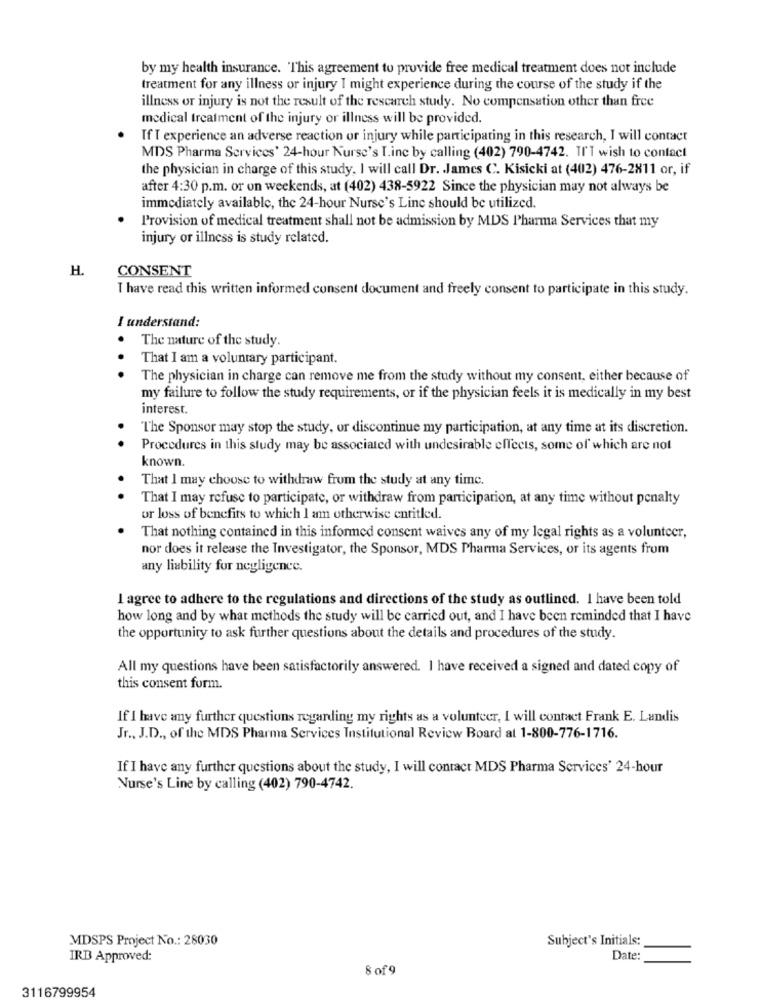
by my health insurance. This agreement to provide free medical treatment does not include
treatment for any illness or injury I might experience during the course of the study if the
illness or injury is not the result of the rescarch study. No compensation other than free
medical treatment of the injury or illness will be provided.
If I experience an adverse reaction or injury while participating in this research, I will contact
MDS Pharma Services' 24-hour Kurse's T.inc by calling (402) 790-4742. TI'T wish to contact
the physician in charge of this study, I will call Dr. James C. Kisicki at (402) 476-2811 or, if
after 4:30 p.m. or on weekends, at (402) 438-5922 Since the physician may not always be
immediately available, the 24-hour Nurse's Line should be utilized.
Provision of medical treatment shall not be admission by MDS Pharma Services that my
injury or illness is study related.
H.
CONSENT
I have read this written informed consent document and freely consent to participate in this study.
I understand:
The nature of the study.
That I am a voluntary participant.
.. .
The physician in charge can remove me from the study without my consent, either because of
my failure to follow the study requirements, or if the physician feels it is medically in my best
interest.
"The Sponsor may stop the study, or discontinue my participation, at any time at its discretion.
. .
Procedures in this study may be associated with undesirable effects, some of which are not
known.
That I may choose to withdraw from the study at any time.
. .
That I may refuse to participate, or withdraw from participation, at any time without penalty
or loss of benefits to which I am otherwise entitled.
That nothing contained in this informed consent waives any of my legal rights as a volunteer,
nor does it release the Investigator, the Sponsor, MDS Pharma Services, or its agents from
any liability for negligence.
I agree to adhere to the regulations and directions of the study as outlined. I have been told
how long and by what methods the study will be carried out, and I have been reminded that I have
the opportunity to ask further questions about the details and procedures of the study.
All my questions have been satisfactorily answered. I have received a signed and dated copy of
this consent form.
If I have any further questions regarding my rights as a volunteer, I will contact Frank E. Landis
Jr ., J.D ., of the MDS Pharma Services Institutional Review Board at 1-800-776-1716.
If I have any further questions about the study, I will contact MDS Pharma Services' 24-hour
Nurse's Line by calling (402) 790-4742.
MDSPS Project No .: 28030
Subject's Initials:
IRB Approved:
Date:
8 of 9
3116799954